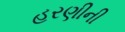
હરણીની